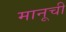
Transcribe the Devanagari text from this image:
मानूची